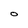
Character: o